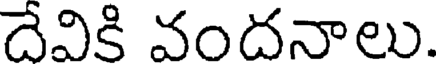
దేవికి వందనాలు.